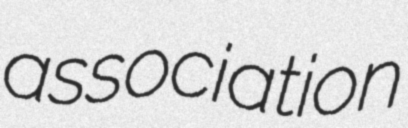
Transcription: association